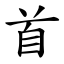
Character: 首